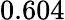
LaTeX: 0.604